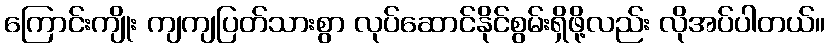
ကြောင်းကျိုး ကျကျပြတ်သားစွာ လုပ်ဆောင်နိုင်စွမ်းရှိဖို့လည်း လိုအပ်ပါတယ်။